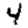
Digit: 4